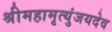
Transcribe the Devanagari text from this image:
श्रीमहामृत्युंजयदेव